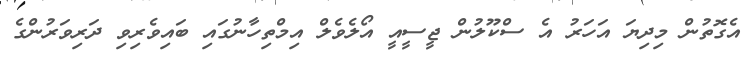
އެގޮތުން މިދިޔަ އަހަރު އެ ސްކޫލުން ޖީސީއީ އޯލެވެލް އިމްތިހާނުގައި ބައިވެރިވި ދަރިވަރުންގެ